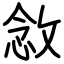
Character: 敜